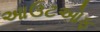
આઉટઓફ